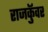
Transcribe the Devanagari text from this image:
राजकुॅवर